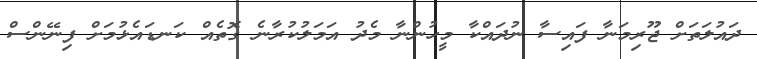
ދައުލަތަށް ޖޫރިމަނާ ފައިސާ ނުދައްކާ މީހުންނާ މެދު އަމަލުކުރާނެ ގޮތެއް ކަނޑައެޅުމަށް ފިނޭންސް